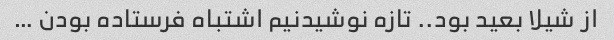
از شیلا بعید بود.. تازه نوشیدنیم اشتباه فرستاده بودن …